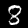
Label: 8